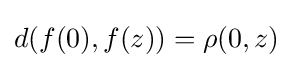
d(f(0),f(z))=\rho (0,z)